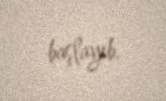
başlayıb.